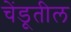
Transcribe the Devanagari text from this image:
चेंडूतील